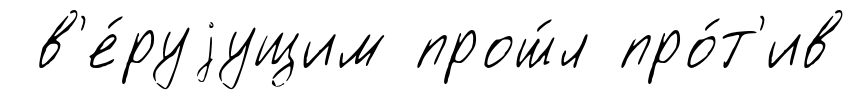
в'е́руjущим прош́л про́т'ив